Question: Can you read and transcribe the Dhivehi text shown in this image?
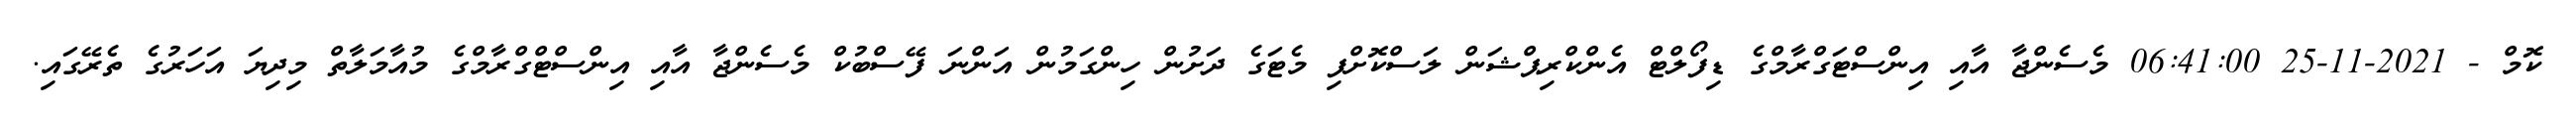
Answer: ކޮމް - 2021-11-25 06:41:00 މެސެންޖާ އާއި އިންސްޓަގްރާމްގެ ޑިފޯލްޓް އެންކްރިޕްޝަން ލަސްކޮށްފި މެޓަގެ ދަށުން ހިންގަމުން އަންނަ ފޭސްބުކް މެސެންޖާ އާއި އިންސްޓްގްރާމްގެ މުއާމަލާތް މިދިޔަ އަހަރުގެ ތެރޭގައި.